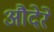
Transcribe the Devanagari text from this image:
औदेरे